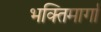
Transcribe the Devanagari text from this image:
भक्तिमार्गा